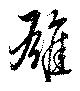
雄